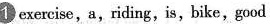
1 exercise,a,riding,is,bike,good